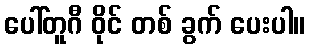
ပေါ်တူဂီ ဝိုင် တစ် ခွက် ပေးပါ။